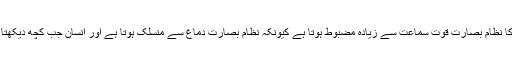
ماہرین نے اس تحقیق سے نتیجہ اخذ کیا کہ عام طور پر انسان کا نظامِ بصارت قوتِ سماعت سے زیادہ مضبوط ہوتا ہے کیونکہ نظامِ بصارت دماغ سے منسلک ہوتا ہے اور انسان جب کچھ دیکھتا ہے تو دماغ کے خلیات مطلوبہ معلومات فوراً فراہم کرتے ہیں۔